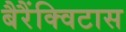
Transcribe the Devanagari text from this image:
बैरैंक्विटास